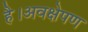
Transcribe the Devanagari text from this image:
है।अवक्षेपण